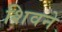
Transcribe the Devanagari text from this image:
शिवने